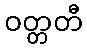
ဝတ္တတီ